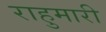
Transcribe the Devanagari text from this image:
राहुमारी